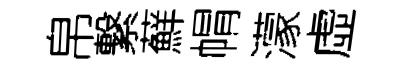
帛繋蘚㡌濛虛